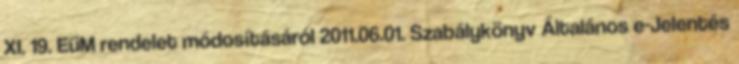
XI. 19. EüM rendelet módosításáról 2011.06.01. Szabálykönyv Általános e-Jelentés